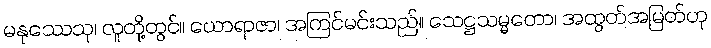
မနုဿေသု၊ လူတို့တွင်။ ယောရာဇာ၊ အကြင်မင်းသည်။ သေဋ္ဌသမ္မတော၊ အထွတ်အမြတ်ဟု